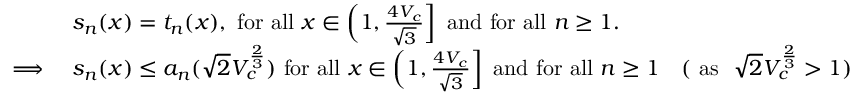
\begin{array} { r l r } & { s _ { n } ( x ) = t _ { n } ( x ) , ~ \mathrm { f o r ~ a l l } ~ x \in \left( 1 , \frac { 4 V _ { c } } { \sqrt { 3 } } \right] ~ \mathrm { a n d ~ f o r ~ a l l } ~ n \geq 1 . } \\ { \implies } & { s _ { n } ( x ) \leq a _ { n } ( \sqrt { 2 } V _ { c } ^ { \frac { 2 } { 3 } } ) ~ \mathrm { f o r ~ a l l } ~ x \in \left( 1 , \frac { 4 V _ { c } } { \sqrt { 3 } } \right] ~ \mathrm { a n d ~ f o r ~ a l l } ~ n \geq 1 } & { ( \mathrm { ~ a s ~ } ~ \sqrt { 2 } V _ { c } ^ { \frac { 2 } { 3 } } > 1 ) } \end{array}